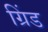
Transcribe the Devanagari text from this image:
ग्रिंड